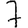
Digit: 7